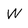
Character: W